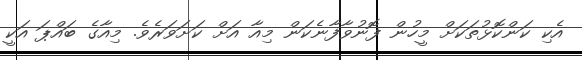
އެކި ކަންކޮޅުތަކަށް މީހުން ފޮނުވާފާނެކަން މިއާ އަށް ކަށަވަރެވެ. މިއާގެ ބައްޕަ އަކީ